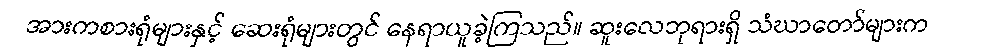
အားကစားရုံများနှင့် ဆေးရုံများတွင် နေရာယူခဲ့ကြသည်။ ဆူးလေဘုရားရှိ သံဃာတော်များက